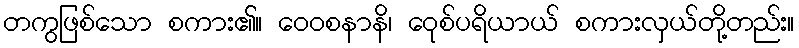
တကွဖြစ်သော စကား၏။ ဝေဝစနာနိ၊ ဝေုစ်ပရိယာယ် စကားလှယ်တို့တည်း။